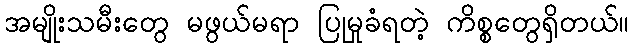
အမျိုးသမီးတွေ မဖွယ်မရာ ပြုမှုခံရတဲ့ ကိစ္စတွေရှိတယ်။